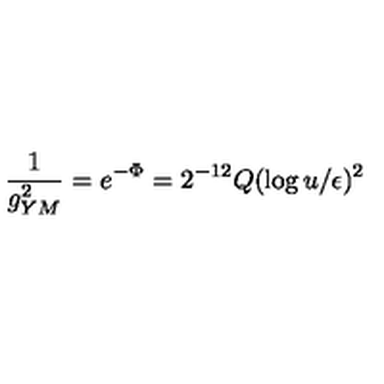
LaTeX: { \frac { 1 } { g _ { Y M } ^ { 2 } } } = e ^ { - \Phi } = 2 ^ { - 1 2 } Q ( \log { u / \epsilon } ) ^ { 2 }